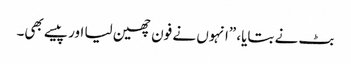
بٹ نے بتایا، ”انہوں نے فون چھین لیا اور پیسے بھی۔